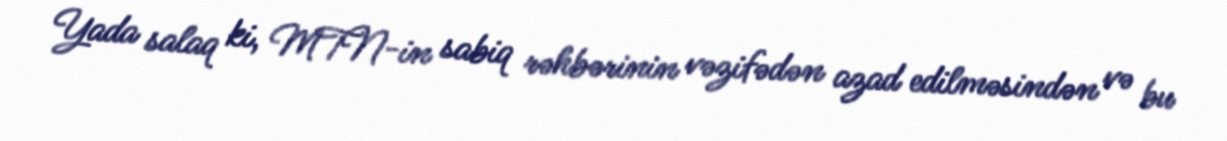
Yada salaq ki, MTN-in sabiq rəhbərinin vəzifədən azad edilməsindən və bu